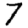
Digit: 7